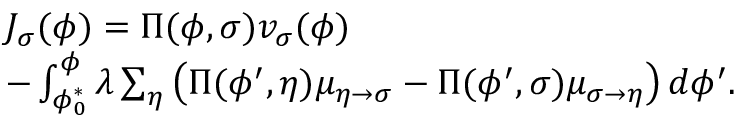
\begin{array} { r l } & { J _ { \sigma } ( \phi ) = \Pi ( \phi , \sigma ) v _ { \sigma } ( \phi ) } \\ & { - \int _ { \phi _ { 0 } ^ { * } } ^ { \phi } \lambda \sum _ { \eta } \left( \Pi ( \phi ^ { \prime } , \eta ) \mu _ { \eta \rightarrow \sigma } - \Pi ( \phi ^ { \prime } , \sigma ) \mu _ { \sigma \rightarrow \eta } \right) d \phi ^ { \prime } . } \end{array}